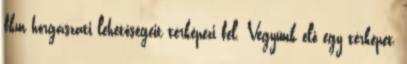
fkm horgászati lehetőségeit térképezi fel. Vegyünk elő egy térképet,